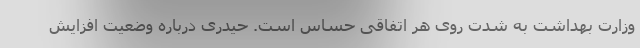
وزارت بهداشت به شدت روی هر اتفاقی حساس است. حیدری درباره وضعیت افزایش